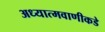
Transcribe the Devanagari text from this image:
अध्यात्मवाणीकडे